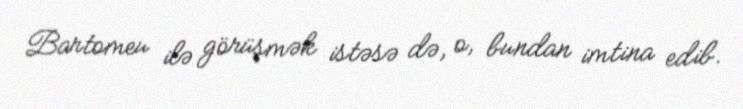
Bartomeu ilə görüşmək istəsə də, o, bundan imtina edib.